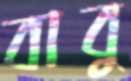
বাবু